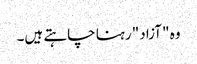
وہ "آزاد" رہنا چاہتے ہیں۔